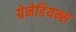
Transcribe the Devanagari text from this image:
ग्रेनेडियन्स